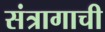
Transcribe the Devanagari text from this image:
संत्रागाची